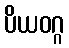
ပိယဝဂ္ဂ